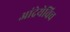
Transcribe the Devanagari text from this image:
आंद्रेयेविच